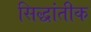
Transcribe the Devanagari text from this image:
सिद्धांतीक